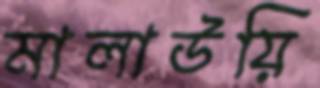
মালাউয়ি